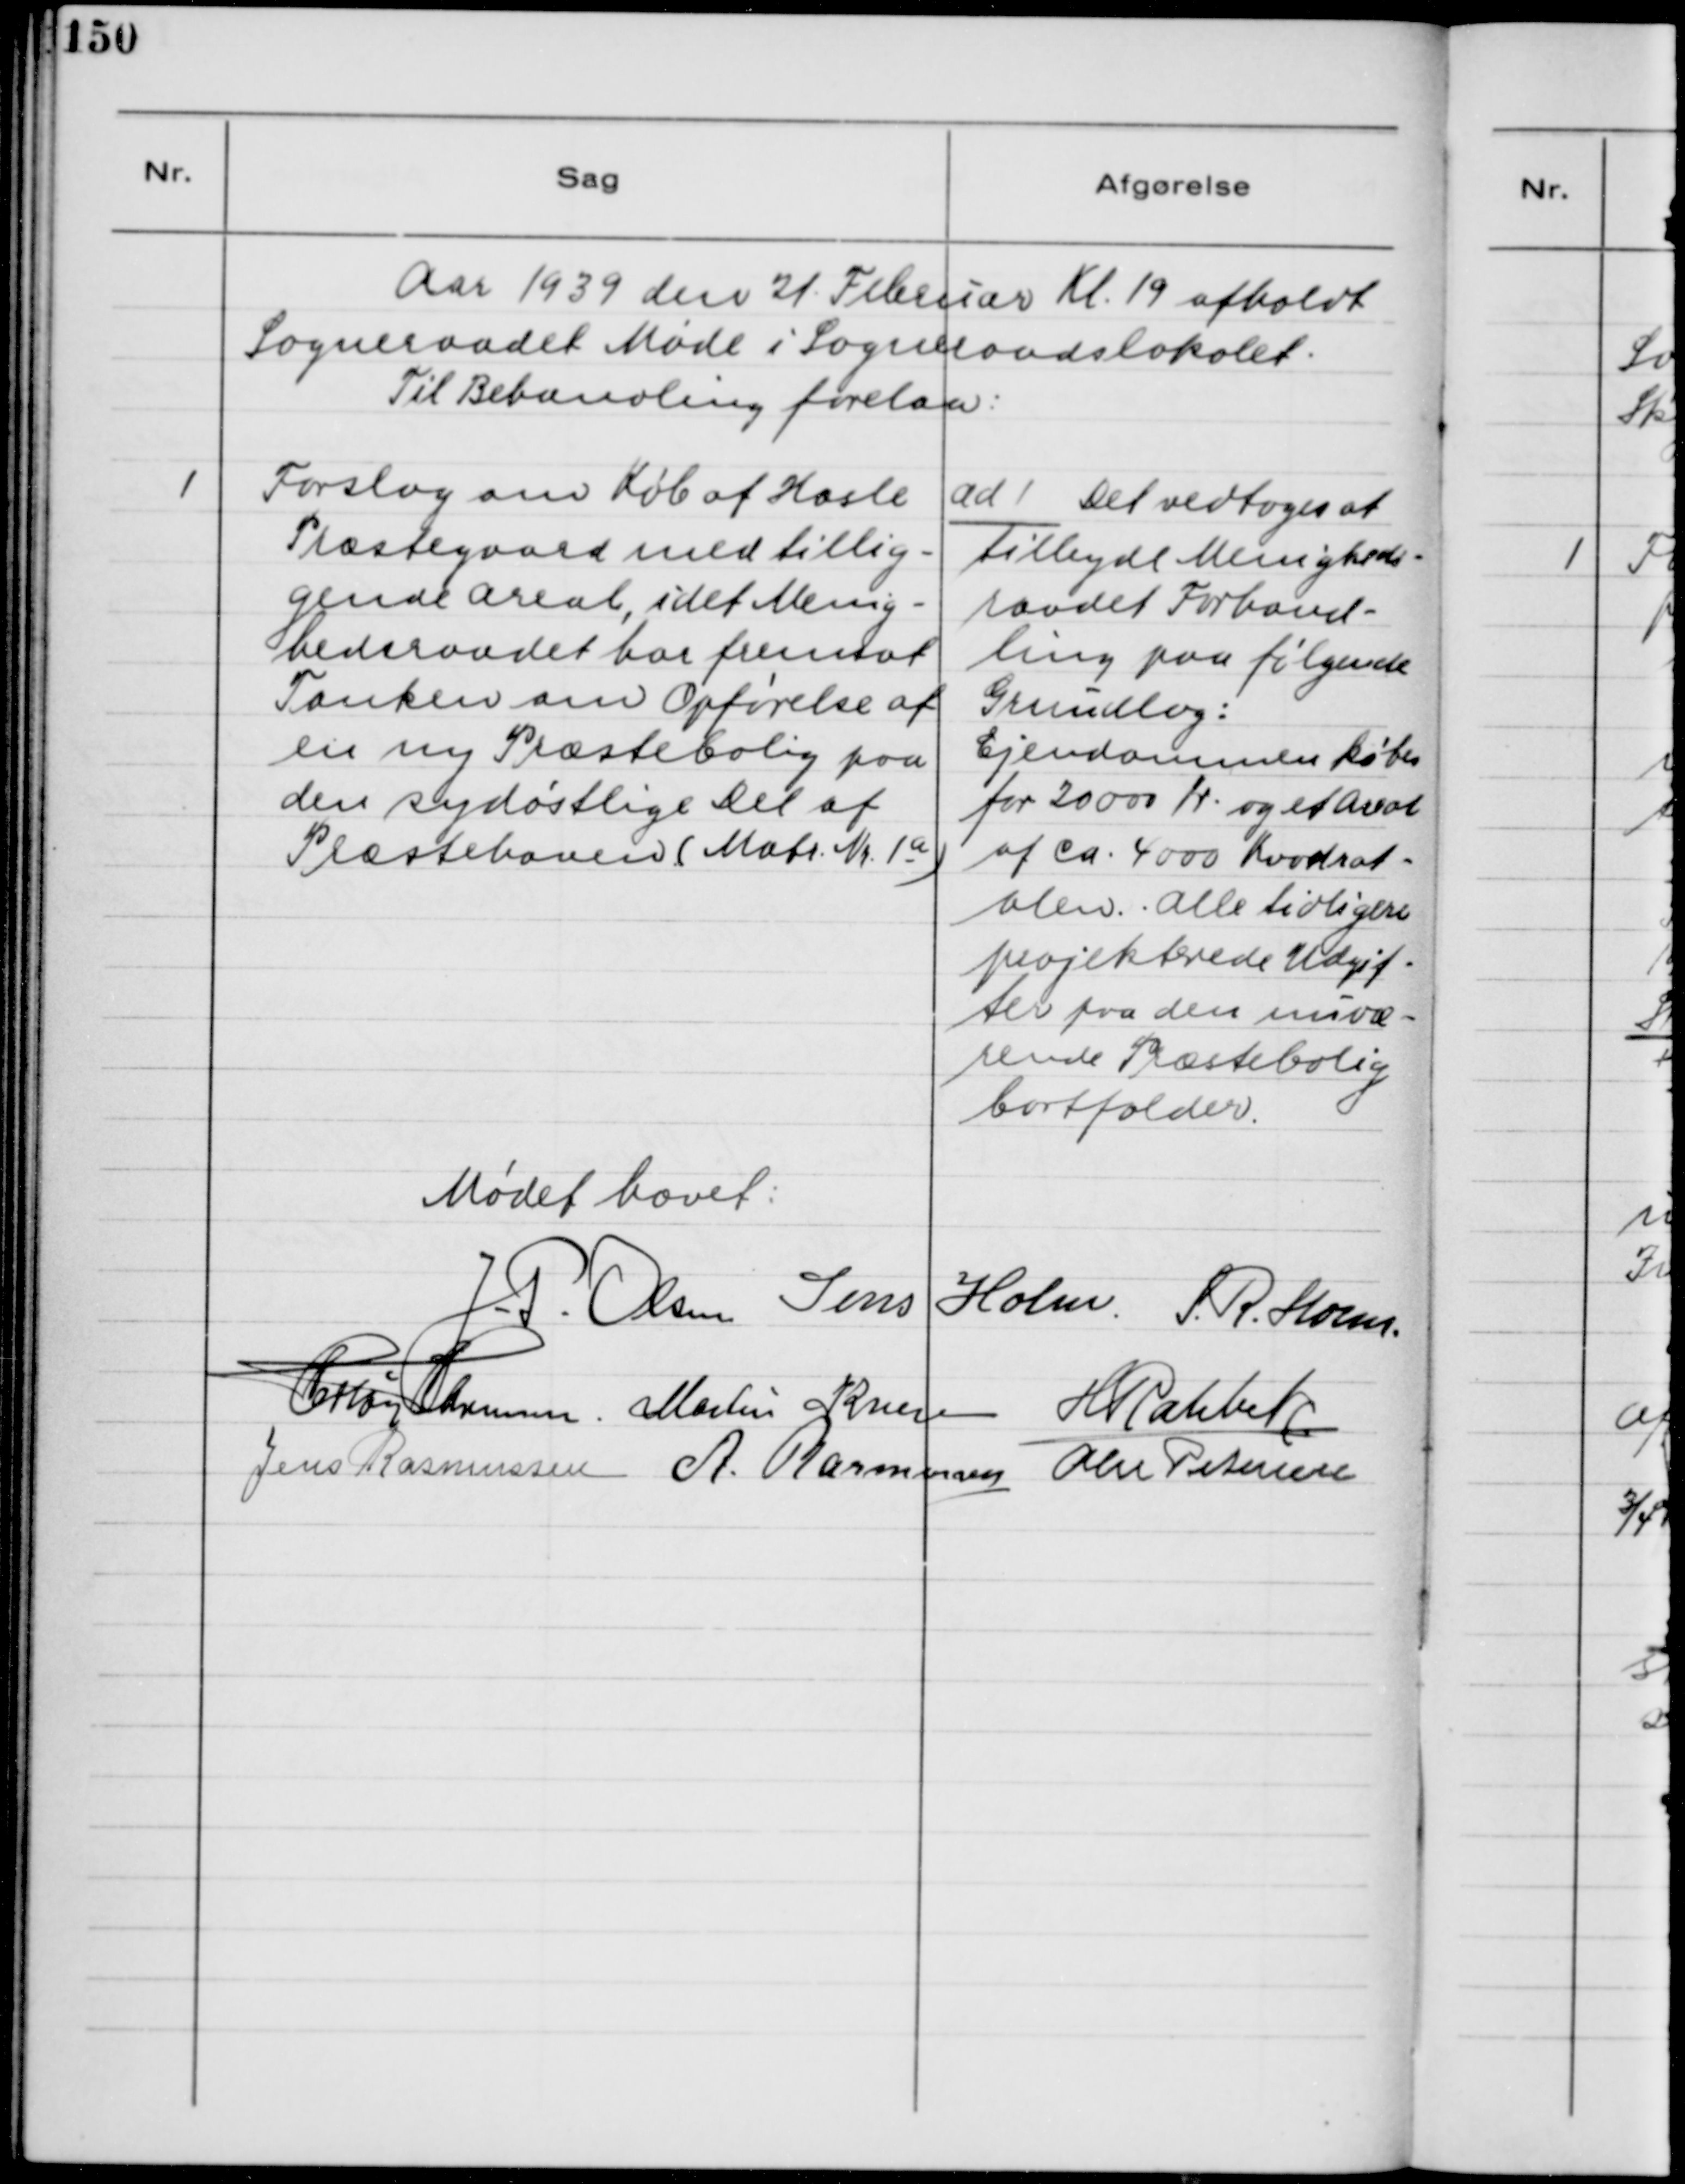
Transskription:
Aar 1939 den 21. Februar Kl. 19 afholdt
Sogneraadet Møde i Sogneraadslokalet.
Til Behandling forelaa:

1. Forslag om Køb af Hasle
Præstegaard med tillig-
gende Areal, idet Menig-
hedsraadet har fremsat
Tanken om Opførelse af
en ny Præstebolig paa
den sydøstlige Del af
Præstehaven (Matr. Nr. 1a)

ad 1. Det vedtoges at
tilbyde Menigheds-
raadet Forhand-
ling paa følgende
Grundlag:
Ejendommen købes
for 20000 Kr. og et Areal
af Ca. 4000 Kvadrat-
alen. Alle tidligere
projekterede Udgif-
ter paa den nuvæ-
rende Præstebolig
bortfalder.

Mødet hævet.